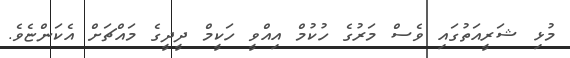
މުޅި ޝަރީއަތުގައި ވެސް މަރުގެ ހުކުމް އިއްވީ ހަކީމް ދީދީގެ މައްޗަށް އެކަންޏެވެ.